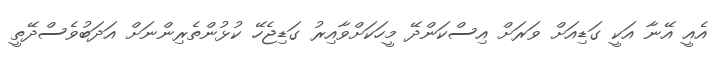
އެއީ އޭނާ އަކީ ގަޑިއަށް ވަރަށް އިސްކަންދޭ މީހަކަށްވާއިރު ގަޑިޖެހޭ ކުޅުންތެރިންނަށް އަދަބުވެސްދޭތީ